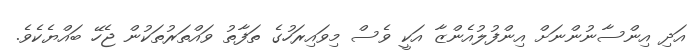
އަދި އިންސާނުންނަށް އިންފުލުއެންޒާ އަކީ ވެސް މިވައިރަހުގެ ތަފާތު ވައްތަރުތަކުން ޖެހޭ ބައްޔެކެވެ.